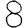
Digit: 8